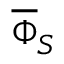
\overline { { \Phi } } _ { S }